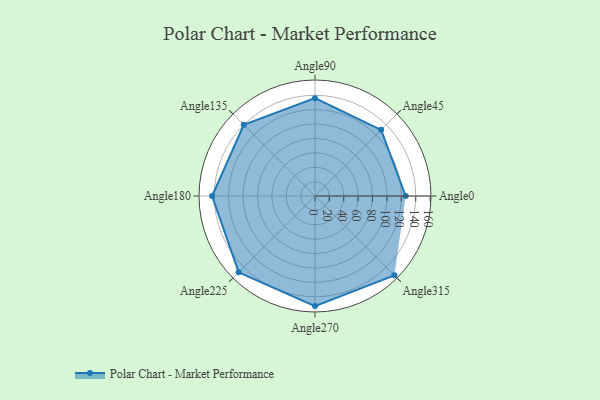
{"axis": {"x": "Angle", "y": "Radius"}, "legend": [""], "data": [{"x": "Angle0", "y": 126.0, "type": ""}, {"x": "Angle45", "y": 130.0, "type": ""}, {"x": "Angle90", "y": 136.0, "type": ""}, {"x": "Angle135", "y": 140.0, "type": ""}, {"x": "Angle180", "y": 143.0, "type": ""}, {"x": "Angle225", "y": 150.0, "type": ""}, {"x": "Angle270", "y": 153.0, "type": ""}, {"x": "Angle315", "y": 156.0, "type": ""}]}